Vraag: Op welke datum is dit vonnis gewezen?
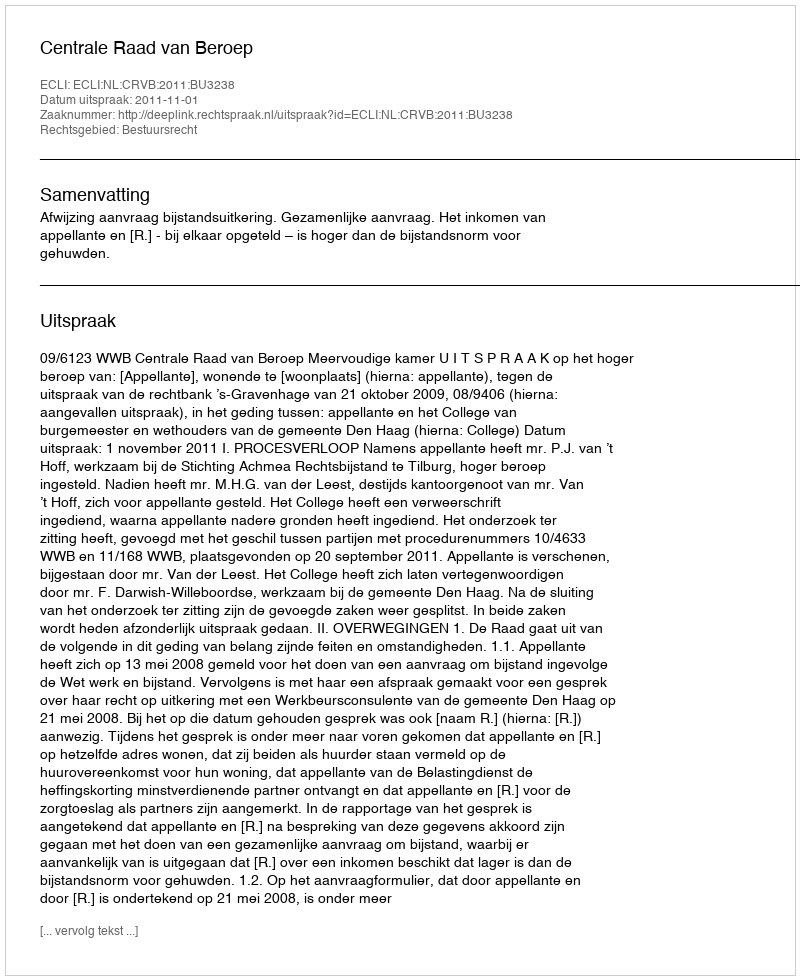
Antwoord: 2011-11-01